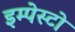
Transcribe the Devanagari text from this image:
इम्पेस्टो